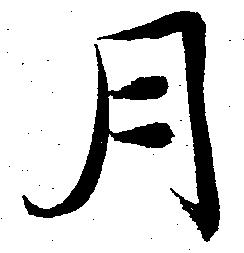
月